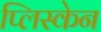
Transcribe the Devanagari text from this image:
प्लिस्केन